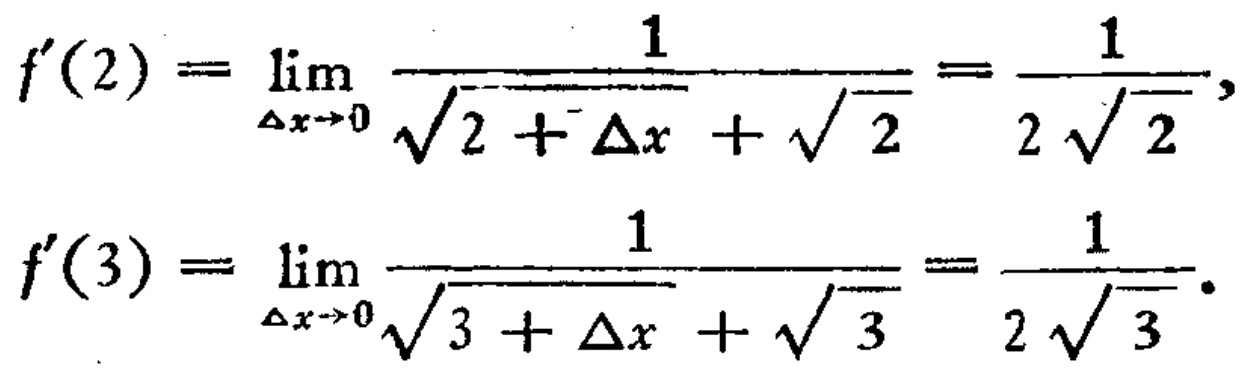
\[
f^{\prime}(2)=\lim_{\Delta x \to 0} \frac{1}{\sqrt{2 + \Delta x}+\sqrt{2}}=\frac{1}{2\sqrt{2}},
\]
\[
f^{\prime}(3)=\lim_{\Delta x \to 0} \frac{1}{\sqrt{3 + \Delta x}+\sqrt{3}}=\frac{1}{2\sqrt{3}}.
\]